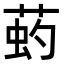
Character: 𦵈